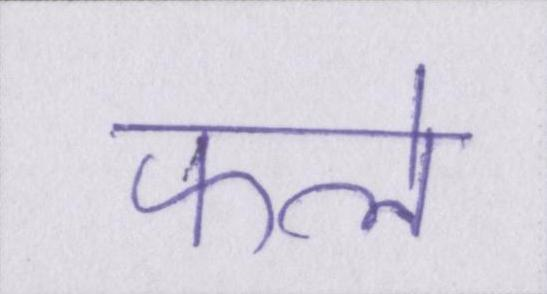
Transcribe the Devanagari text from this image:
फले